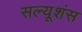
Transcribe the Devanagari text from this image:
सल्यूशंस